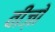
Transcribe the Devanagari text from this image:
वीज़ो